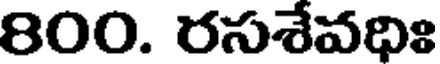
800. రసశేవధిః